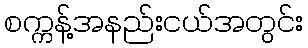
စက္ကန့်အနည်းငယ်အတွင်း